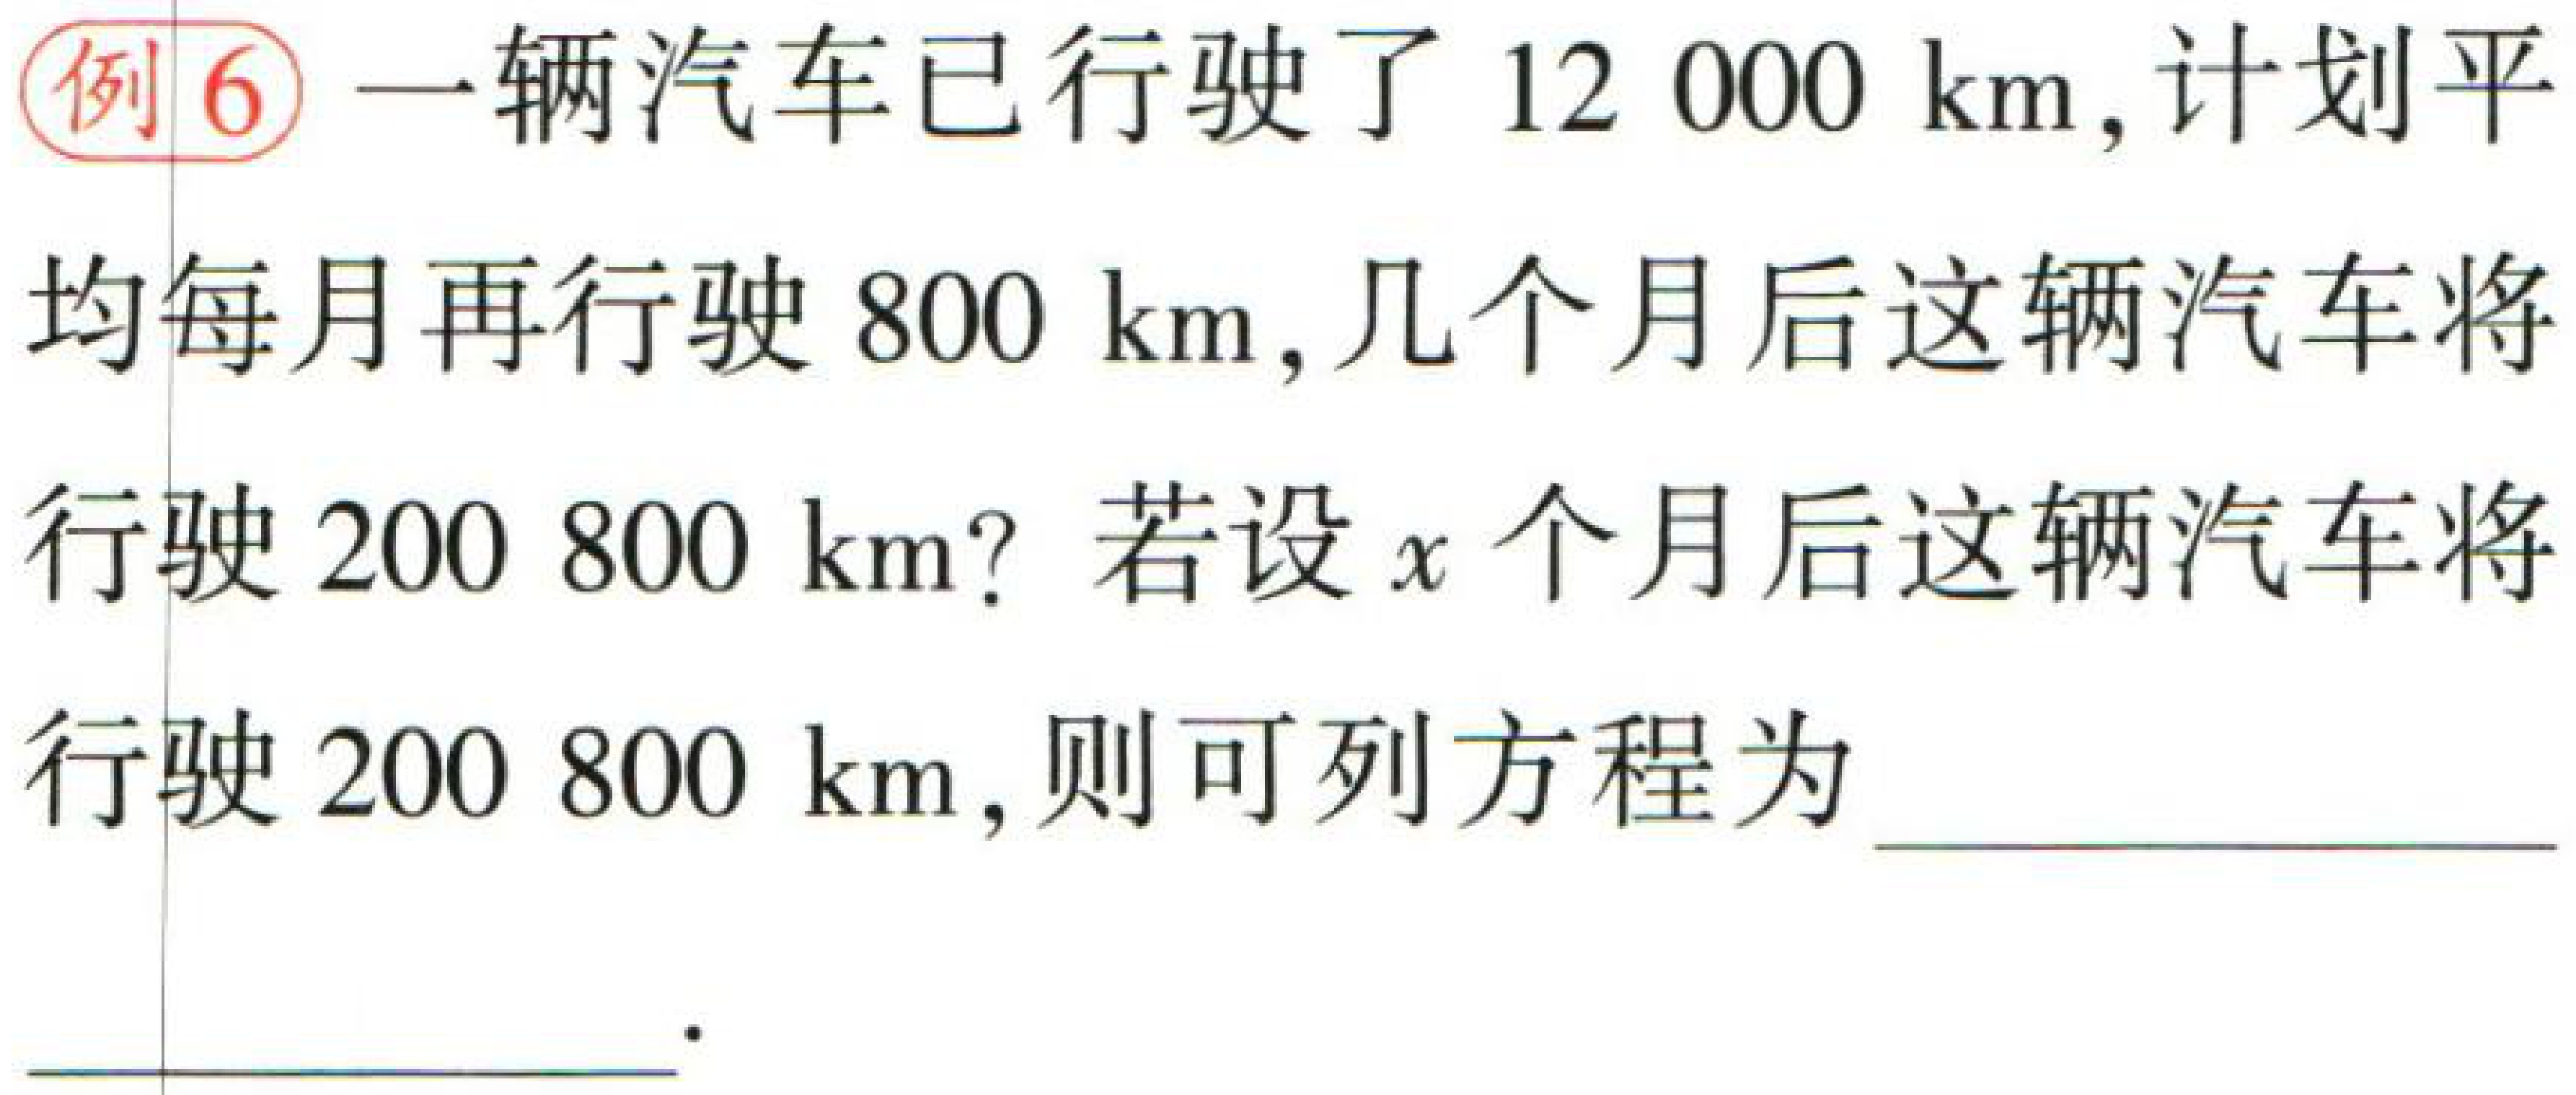
例6 一辆汽车已行驶了\(12000\mathrm{km}\), 计划平

均每月再行驶\(800\mathrm{km}\), 几个月后这辆汽车将

行驶\(200800\mathrm{km}\)? 若设\(x\)个月后这辆汽车将

行驶\(200800\mathrm{km}\), 则可列方程为 ____________

____________.